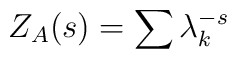
Z_A(s) = \sum \lambda_k^{-s}